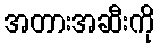
အတားအဆီးကို